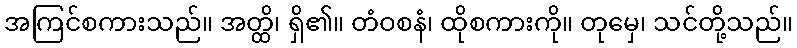
အကြင်စကားသည်။ အတ္ထိ၊ ရှိ၏။ တံဝစနံ၊ ထိုစကားကို။ တုမှေ၊ သင်တို့သည်။